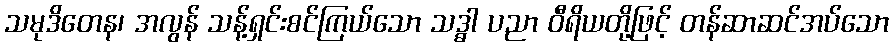
သမုဒိတေန၊ အလွန် သန့်ရှင်းစင်ကြယ်သော သဒ္ဓါ ပညာ ဝီရိယတို့ဖြင့် တန်ဆာဆင်အပ်သော